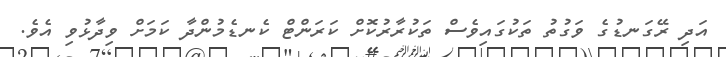
އަދި ރޭގަނޑުގެ ވަގުތު ތަކުގައިވެސް ތަކުރާރުކޮށް ކަރަންޓް ކެނޑެމުންދާ ކަމަށް ވިދާޅުވި އެވެ.